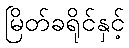
မြိတ်ခရိုင်နှင့်